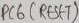
Text: PB6